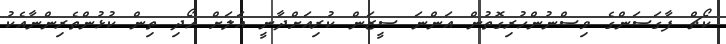
ކޯޗް ފާގަސަންގެ ވިސްނުންހުރިގޮތުން އަންނަ ސީޒަން ކުރިއަށްދާނީ އަލަށް ހޯދި ތިން ކުޅުންތެރިންނާއެކު